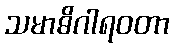
သမာဓိဂါရဝတာ